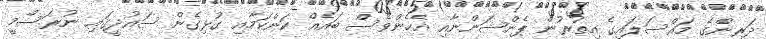
ދަރިންގެ މައްސަލައިގެ އިތުރުން ޕެންޝަންނާއި އެހެންވެސް ބައެއް ކަންކަމާއި ގުޅިގެން ސައުދީގައި ނުރަސްމީ